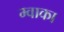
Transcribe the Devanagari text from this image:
म्वाका